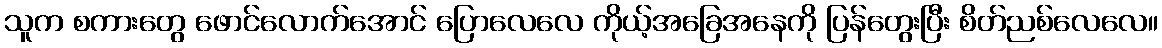
သူက စကားတွေ ဖောင်လောက်အောင် ပြောလေလေ ကိုယ့်အခြေအနေကို ပြန်တွေးပြီး စိတ်ညစ်လေလေ။